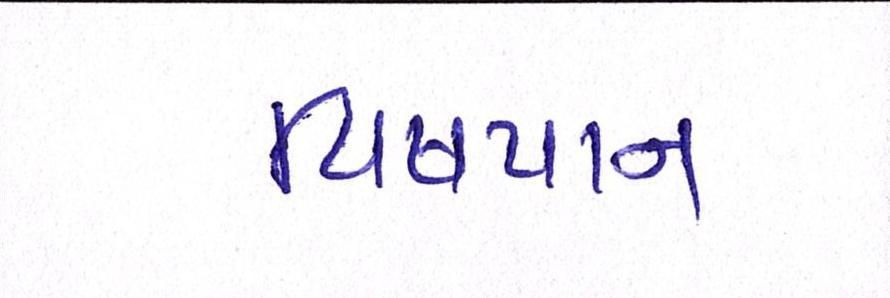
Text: વિષપાન